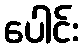
ပေါင်း